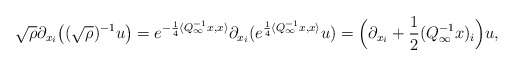
\begin{align*}\sqrt{\rho}\partial_{x_i}\big((\sqrt{\rho})^{-1}u\big)=e^{-\frac{1}{4}\langle Q_{\infty}^{-1}x,x\rangle}\partial_{x_i}(e^{\frac{1}{4}\langle Q_{\infty}^{-1}x,x\rangle}u)=\Big(\partial_{x_i}+\frac{1}{2}(Q_{\infty}^{-1}x)_i\Big)u,\end{align*}